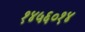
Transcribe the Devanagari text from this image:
१४५६०१४